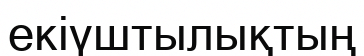
екіүштылықтың